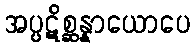
အပ္ပဋိစ္ဆန္နာယောပေ